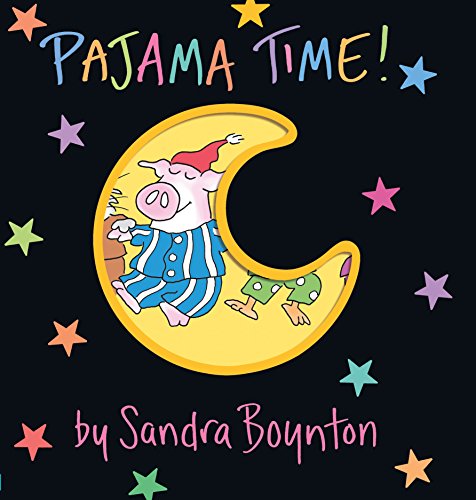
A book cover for Pajama Time! (Boynton on Board); Sandra Boynton; Children's Books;